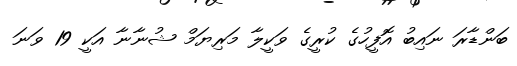
ބަންޑާރަ ނައިބު އޮފީހުގެ ކުރީގެ ވަކީލާ މަރިޔަމް ޝުނާނާ އަކީ 19 ވަނަ